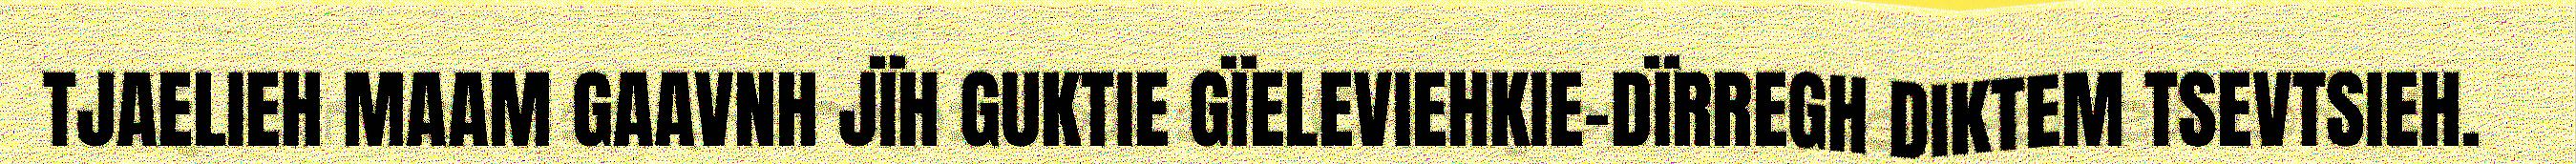
TJAELIEH MAAM GAAVNH JÏH GUKTIE GÏELEVIEHKIE-DÏRREGH DIKTEM TSEVTSIEH.